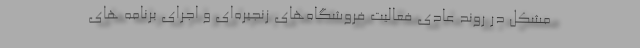
مشکل در روند عادی فعالیت فروشگاه‌های زنجیره‌ای و اجرای برنامه های